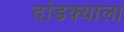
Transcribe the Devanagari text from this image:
दांडक्याला